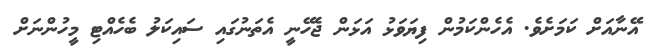
އޭނާއަށް ކަމަށެވެެ. އެހެންކަމުން ފިޔަވަޅު އަޅަން ޖެހޭނީ އެތަނުގައި ސައިކަލު ބެހެއްޓި މީހުންނަށް